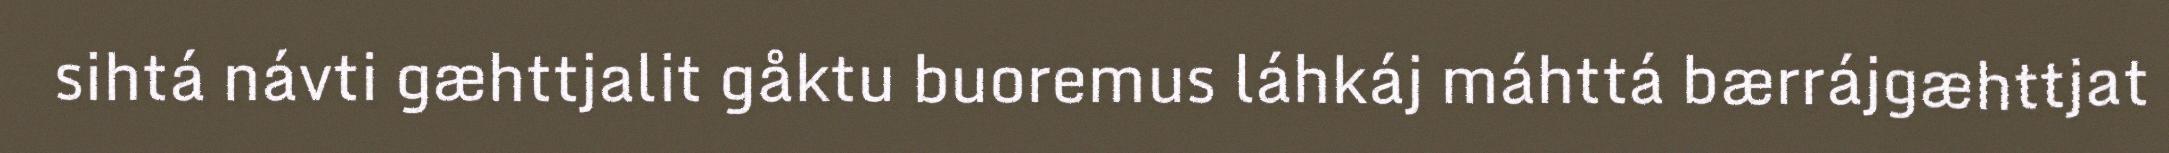
sihtá návti gæhttjalit gåktu buoremus láhkáj máhttá bærrájgæhttjat